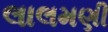
લાલમણી